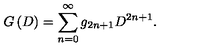
G \left( D \right) = \sum _ { n = 0 } ^ { \infty } g _ { 2 n + 1 } D ^ { 2 n + 1 } .